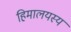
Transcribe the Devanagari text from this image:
हिमालयस्य